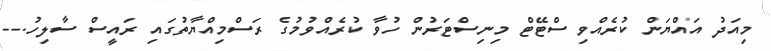
މިއަދު އައްޔަން ކުރެއްވި ސްޓޭޓް މިނިސްޓަރުން ހުވާ ކުރެއްވުމުގެ ރަސްމިއްޔާތުގައި ރައީސް ސާލިހު.--